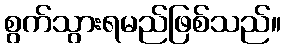
စွက်သွားရမည်ဖြစ်သည်။